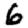
Digit: 6